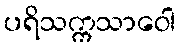
ပရိသက္ကသာဝေါ